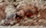
نصوص